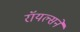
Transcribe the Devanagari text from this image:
रॉयल्सने